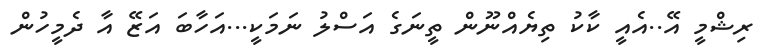
ރިޝްމީ އޭ..އެއީ ކާކު ތިޔެއްނޫން ތީނަގެ އަސްލު ނަމަކީ...އަހާބަ އަޒޭ އާ ދެމީހުން